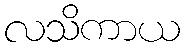
လသိကာယ